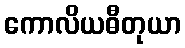
ကောလိယဓီတုယာ